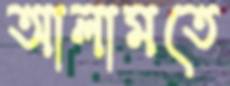
আলামতে